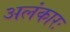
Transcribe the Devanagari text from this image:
अलंकारः